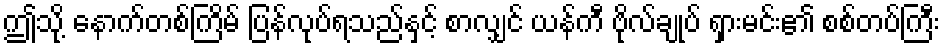
ဤသို့ နောက်တစ်ကြိမ် ပြန်လုပ်ရသည်နှင့် စာလျှင် ယန်ကီ ဗိုလ်ချုပ် ရှားမင်း၏ စစ်တပ်ကြီး